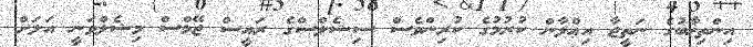
އިންތިޚާބުގެ ނަތީޖާ އިޢްލާން ކުރުމުގެ ކުރިންވެސް ސިޝެލްސްގެ ރައީސް ޖޭމްސް މިޝެލްވަނީ އަލަށް